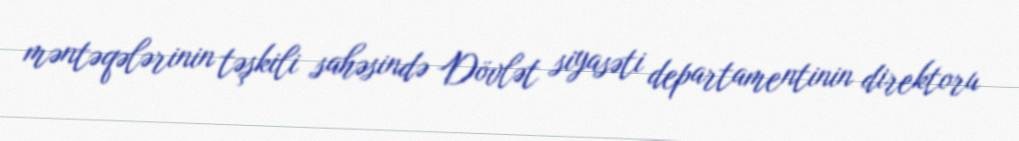
məntəqələrinin təşkili sahəsində Dövlət siyasəti departamentinin direktoru